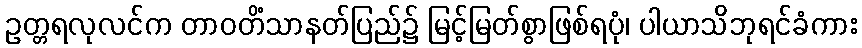
ဥတ္တရလုလင်က တာဝတိံသာနတ်ပြည်၌ မြင့်မြတ်စွာဖြစ်ရပုံ၊ ပါယာသိဘုရင်ခံကား